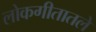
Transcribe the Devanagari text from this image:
लोकगीतातले